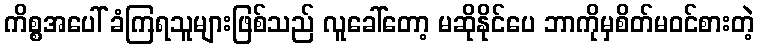
ကိစ္စအပေါ် ခံကြရသူများဖြစ်သည် လူခေါ်တော့ မဆိုနိုင်ပေ ဘာကိုမှစိတ်မဝင်စားတဲ့